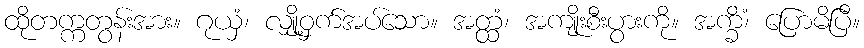
ထိုတက္ကတွန်းအား။ ဂုယှံ၊ လျှို့ဝှက်အပ်သော။ အတ္ထံ၊ အကျိုးစီးပွားကို။ အက္ခိံ၊ ပြောမိပြီ။